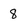
Character: 8